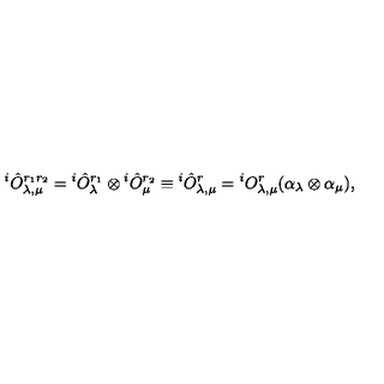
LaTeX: { } ^ { i } \hat { O } _ { \lambda , \mu } ^ { r _ { 1 } r _ { 2 } } = { } ^ { i } \hat { O } _ { \lambda } ^ { r _ { 1 } } \otimes { } ^ { i } \hat { O } _ { \mu } ^ { r _ { 2 } } \equiv { } ^ { i } \hat { O } _ { \lambda , \mu } ^ { r } = { } ^ { i } O _ { \lambda , \mu } ^ { r } ( \alpha _ { \lambda } \otimes \alpha _ { \mu } ) ,